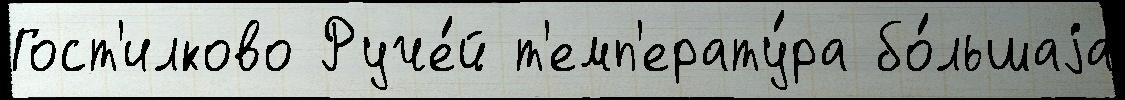
Гост'илково Руче́й т'емп'ерату́ра бо́льшаjа